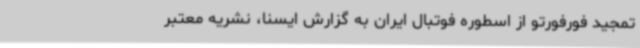
تمجید فورفورتو از اسطوره فوتبال ایران به گزارش ایسنا، نشریه معتبر